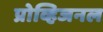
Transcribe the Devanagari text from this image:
प्रोव्हिजनल